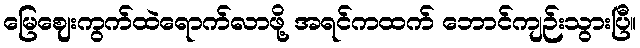
မြေဈေးကွက်ထဲရောက်လာဖို့ အရင်ကထက် ဘောင်ကျဉ်းသွားပြီ။